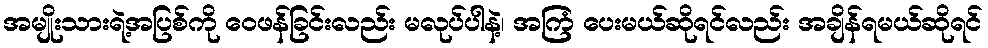
အမျိုးသားရဲ့အပြစ်ကို ဝေဖန်ခြင်းလည်း မလုပ်ပါနဲ့၊ အကြံ ပေးမယ်ဆိုရင်လည်း အချိန်ရမယ်ဆိုရင်